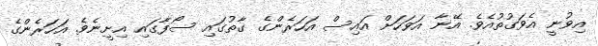
އިވުނީ އެވަގުތުއެވެ. އޭނާ އަވަހަށް އައިސް އަހަރެންގެ ގާތުގައި ސޯފާގައި އިށީނެވެ. އަހަރެންގެ